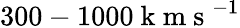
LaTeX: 300-1000\mathrm{~k~m~s~}^{-1}